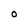
Character: 0